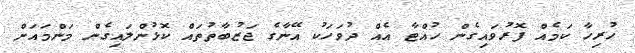
ހުރިހާ ކަމެއް ފޮރުވައިގެން ހުއްޓާ އެއް ދުވަހަކު އޭނާގެ ޖަޒުބާތުތައް ކޮޅުންލައިގެން މަންމައަށް